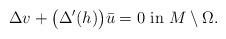
LaTeX: \begin{align*}\Delta v + \big( \Delta'(h) \big)\bar u=0 \mbox{ in } M\setminus \Omega.\end{align*}